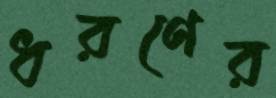
ধরণের